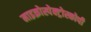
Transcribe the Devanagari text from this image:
माइक्रोस्पेक्ट्रोस्कोपी